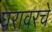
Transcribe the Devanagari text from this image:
घरावरचे